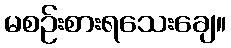
မစဉ်းစားရသေးချေ။